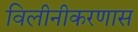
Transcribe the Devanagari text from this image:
विलीनीकरणास